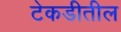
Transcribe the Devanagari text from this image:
टेकडीतील